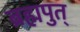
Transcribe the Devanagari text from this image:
ब्रह्मपुत्